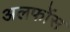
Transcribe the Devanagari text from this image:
अलफोंस